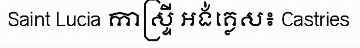
Saint Lucia កាស្ទ្រី អង់គ្លេស៖ Castries